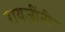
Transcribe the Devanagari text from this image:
रायजींनी